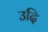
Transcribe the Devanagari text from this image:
उदि